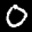
Label: 0